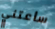
سأعتني